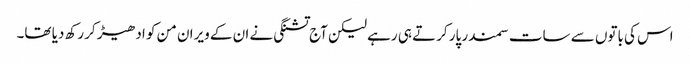
اس کی باتوں سے سات سمندر پار کرتے ہی رہے لیکن آج تشنگی نے ان کے ویران من کو ادھیڑ کر رکھ دیا تھا۔